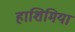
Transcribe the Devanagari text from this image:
हाशिमिया